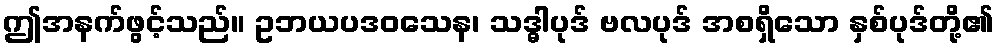
ဤအနက်ဖွင့်သည်။ ဥဘယပဒဝသေန၊ သဒ္ဓါပုဒ် ဗလပုဒ် အစရှိသော နှစ်ပုဒ်တို့၏